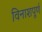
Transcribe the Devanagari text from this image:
विनाशपूर्ण